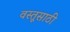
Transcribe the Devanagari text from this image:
वस्तूसाठी